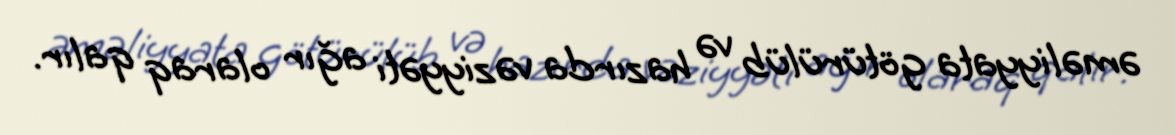
əməliyyata götürülüb və hazırda vəziyyəti ağır olaraq qalır.